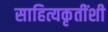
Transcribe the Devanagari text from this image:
साहित्यकृतींशी